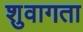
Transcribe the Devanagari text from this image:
शुवागता